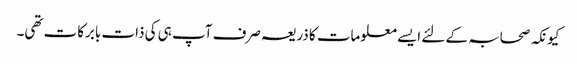
کیونکہ صحابہ کے لئے ایسے معلومات کا ذریعہ صرف آپ ہی کی ذات بابرکات تھی۔